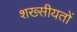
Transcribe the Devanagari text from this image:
शख्सीयतों